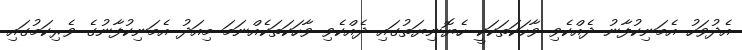
އެދުވަހު އެމަނިކުފާނު ދެއްކެވި ވާހަކަތަކަކީ ހެޔޮނިޔަތުގައި ދެއްކެވި ވާހަކަތަކެއްނަމަ މިއަދު އެމަނިކުފާނުގެ ވެރިކަމުގައި